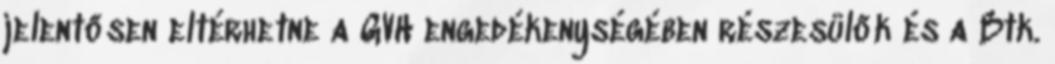
jelentősen eltérhetne a GVH engedékenységében részesülők és a Btk.